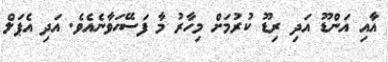
އާއި އަންޑޫ އަދި ރިޑޫ ކުރުމަށް މިހާރު މާ ފަސޭހަވާނެއެވެ. އަދި އެޕަލް